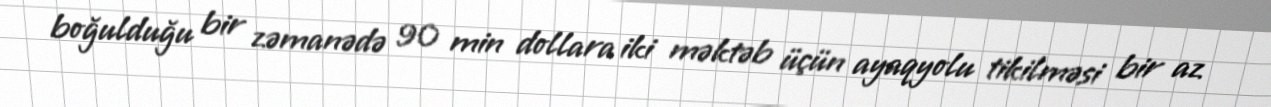
boğulduğu bir zəmanədə 90 min dollara iki məktəb üçün ayaqyolu tikilməsi bir az